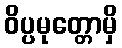
ဝိပ္ပမုတ္တောမှိ